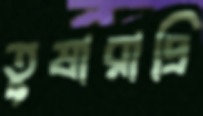
তুষারাদ্রি